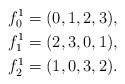
LaTeX: \begin{align*} f_0^1 &= (0, 1, 2, 3), \\ f_1^1&=(2, 3, 0, 1), \\ f_2^1&=(1, 0, 3, 2).\end{align*}